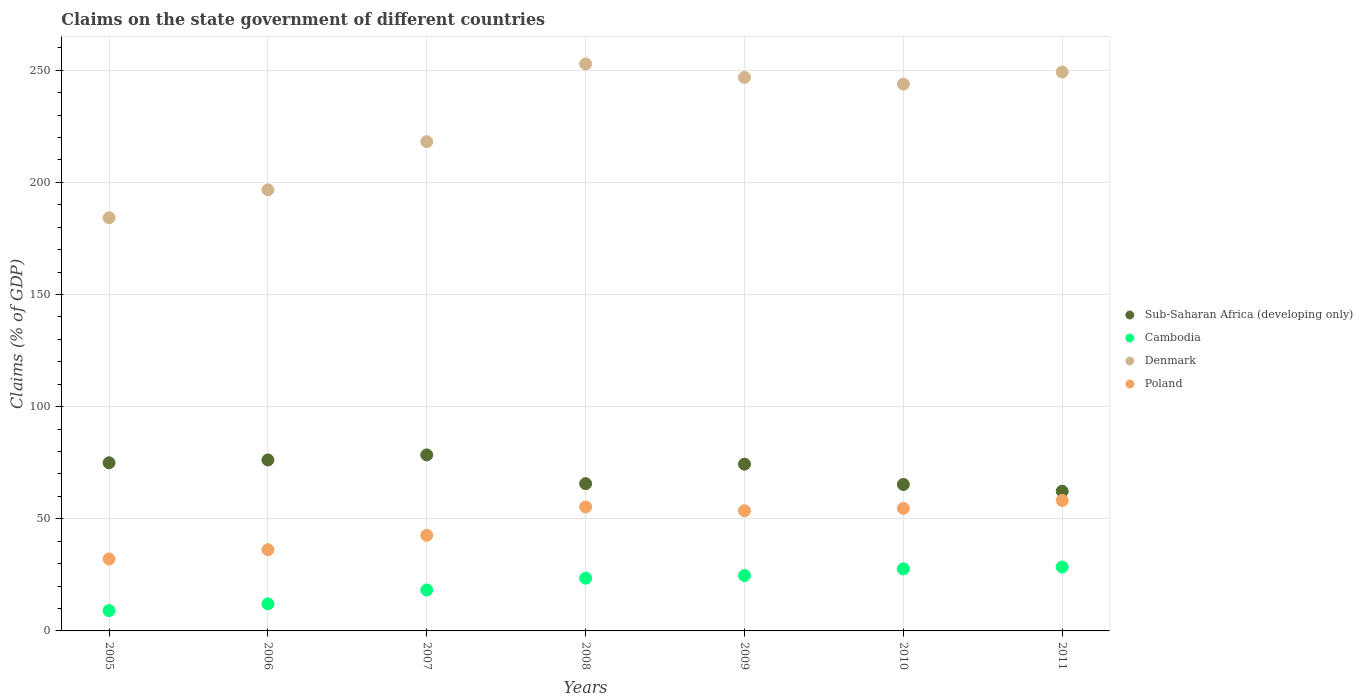
| Years | Sub-Saharan Africa (developing only) | Cambodia | Denmark | Poland |
 | --- | --- | --- | --- | --- |
 | 2005 | 75 | 9.06 | 184 | 32.1 |
 | 2006 | 76.2 | 12.1 | 197 | 36.2 |
 | 2007 | 78.5 | 18.3 | 218 | 42.6 |
 | 2008 | 65.7 | 23.5 | 253 | 55.3 |
 | 2009 | 74.4 | 24.7 | 247 | 53.6 |
 | 2010 | 65.3 | 27.7 | 244 | 54.6 |
 | 2011 | 62.3 | 28.5 | 249 | 58.2 |